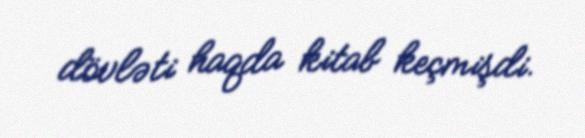
dövləti haqda kitab keçmişdi.